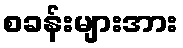
စခန်းများအား